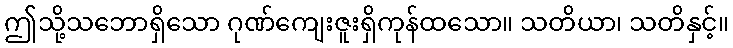
ဤသို့သဘောရှိသော ဂုဏ်ကျေးဇူးရှိကုန်ထသော။ သတိယာ၊ သတိနှင့်။